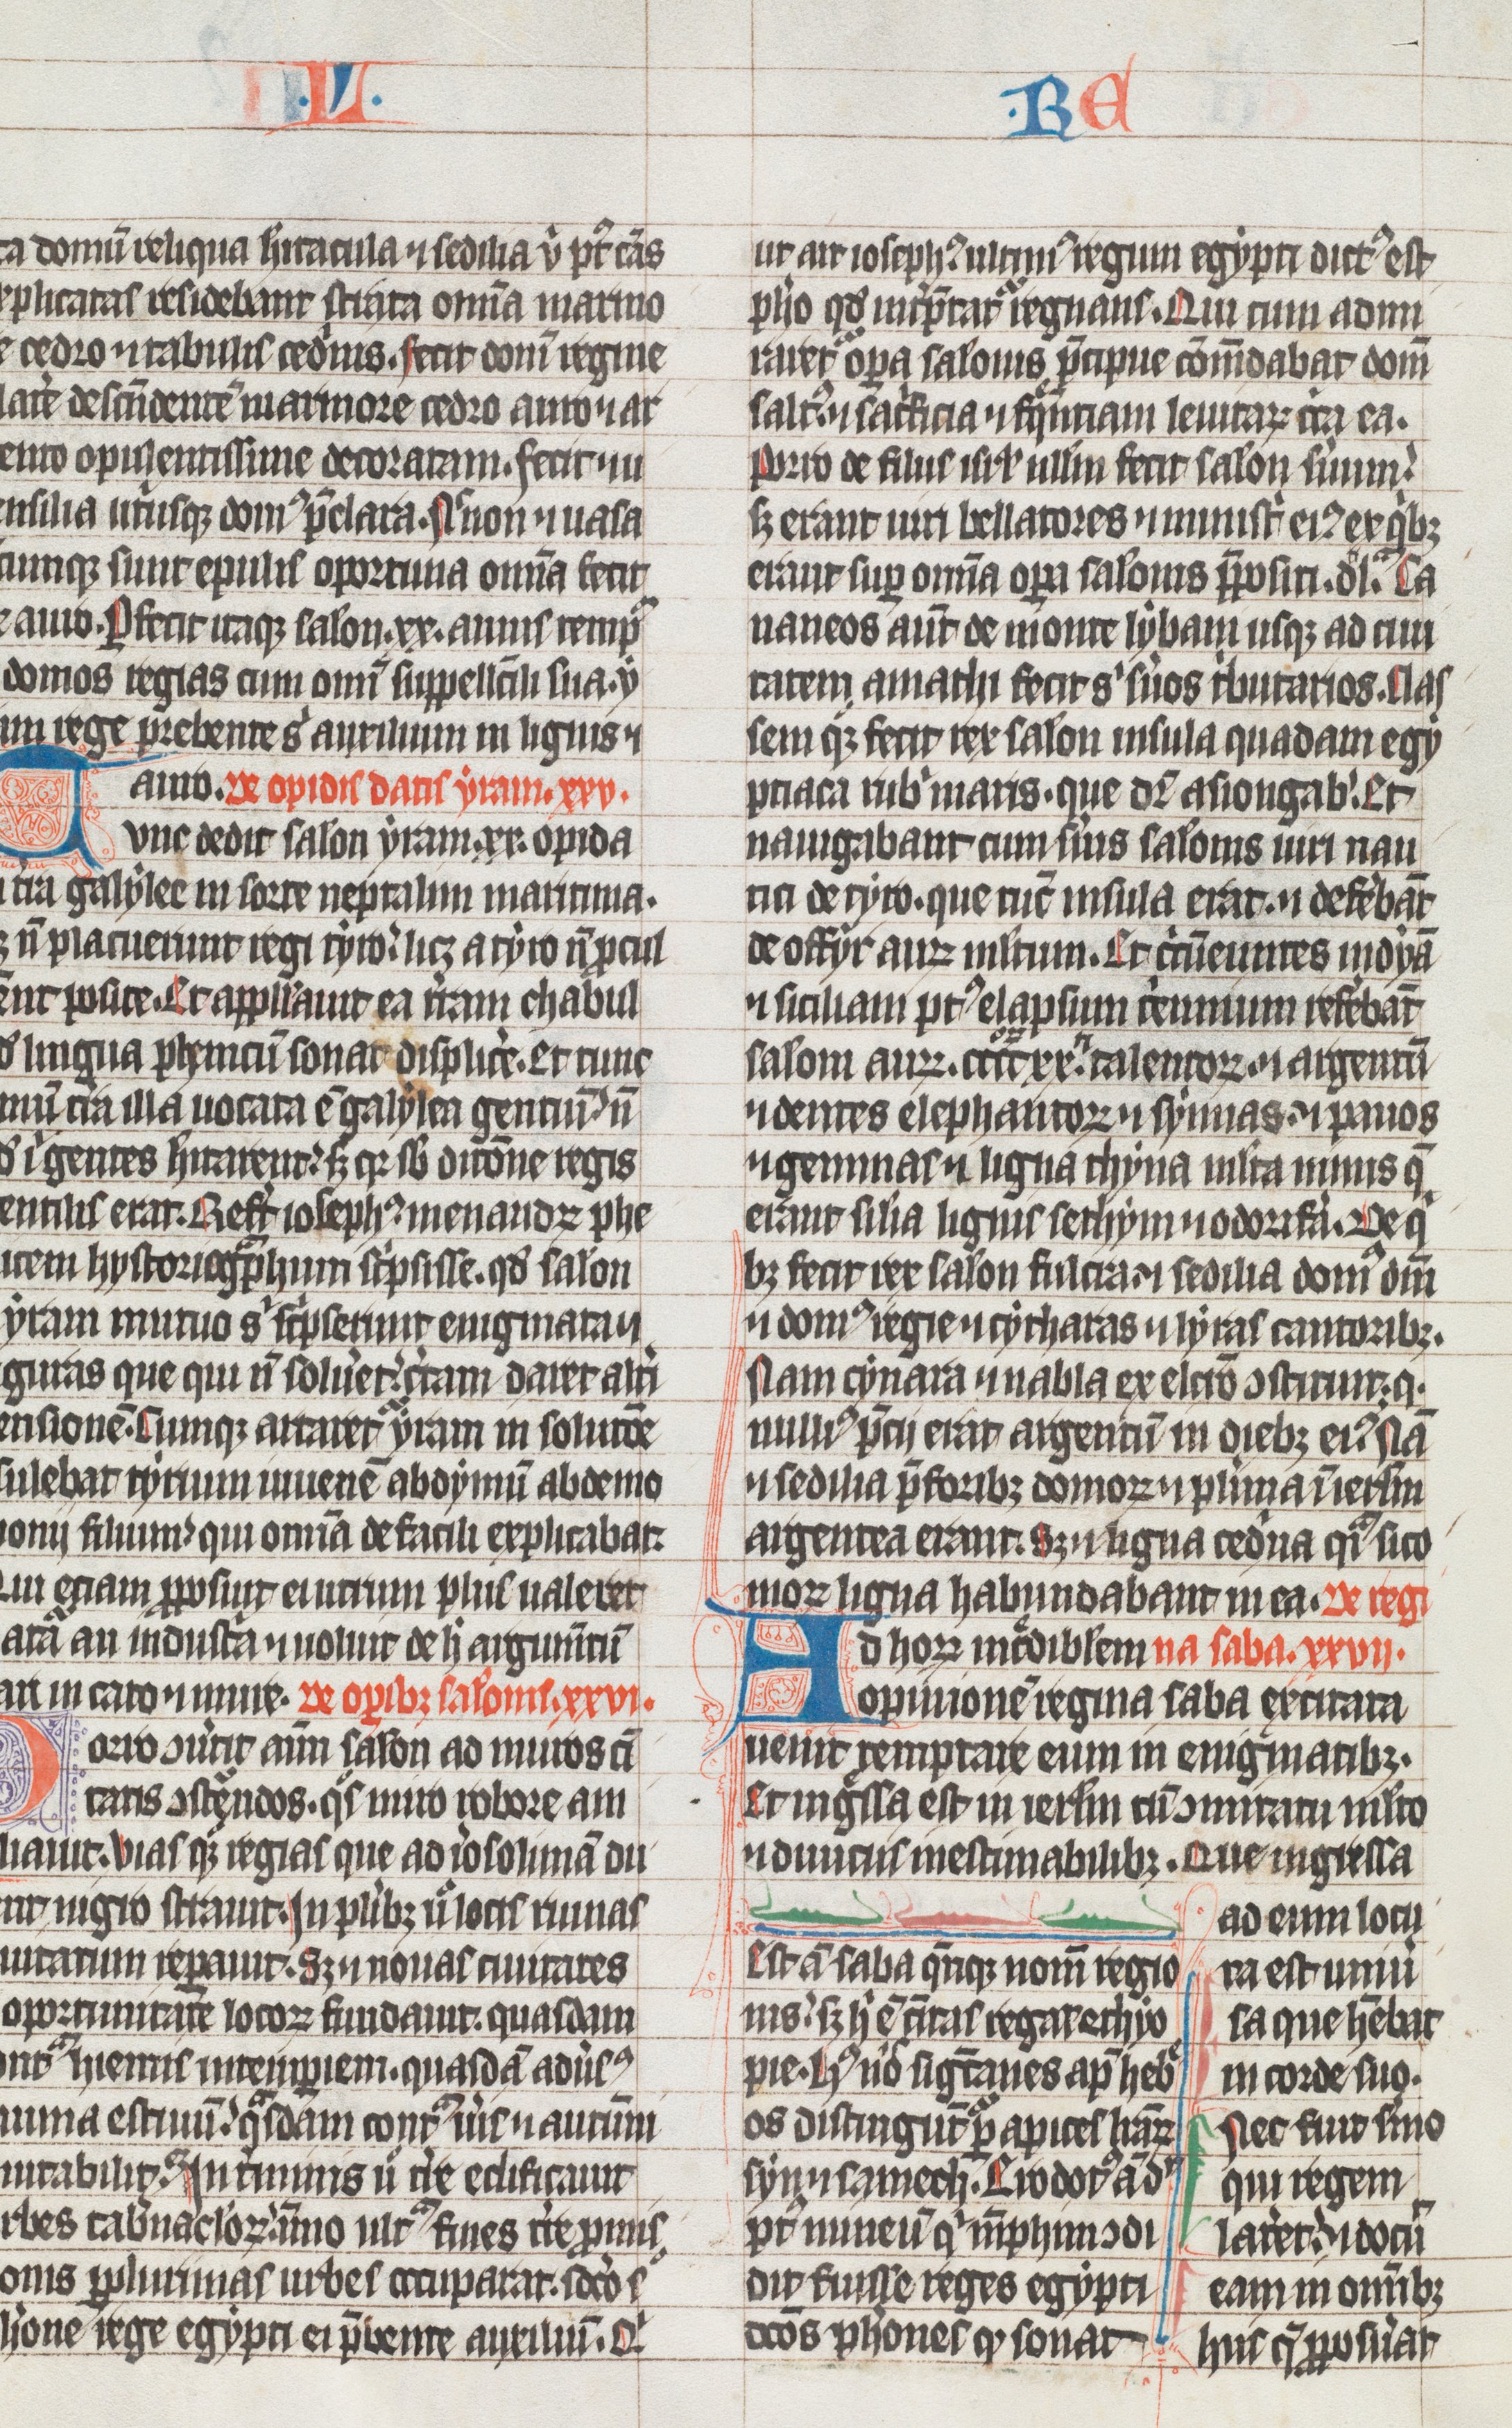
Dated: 1325–1349